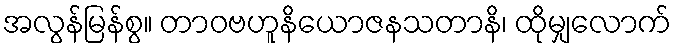
အလွန်မြန်စွ။ တာဝဗဟူနိယောဇနသတာနိ၊ ထိုမျှလောက်